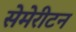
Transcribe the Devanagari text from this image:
सेमेरीटन